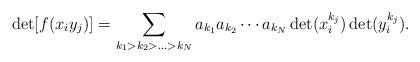
LaTeX: \begin{align*}\det [ f(x_i y_j) ] = \sum_{k_1 > k_2 > \ldots > k_N} a_{k_1} a_{k_2}\cdots a_{k_N} \det (x_i^{k_j}) \det (y_i^{k_j}) .\end{align*}